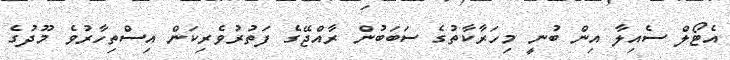
އެޓޯލް ސެއިލާ އިން ބުނީ މިހަރާކާތުގެ ސަބަބުން ރާއްޖޭގެ ފަތުރުވެރިކަން އިސްތިހާރުވެ މޫދުގެ